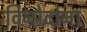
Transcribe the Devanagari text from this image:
विनोदांना